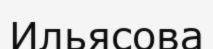
Ильясова